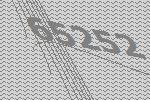
65252